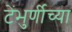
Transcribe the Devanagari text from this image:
टेंभुर्णीच्या